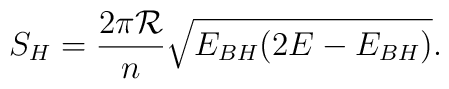
S_H=\frac{2\pi {\cal R}}{n}\sqrt{E_{ BH}(2E-E_{BH})}.